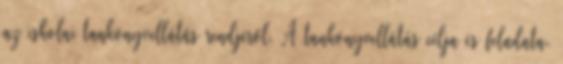
az iskolai tankönyvellátás rendjéről. A tankönyvellátás célja és feladata.